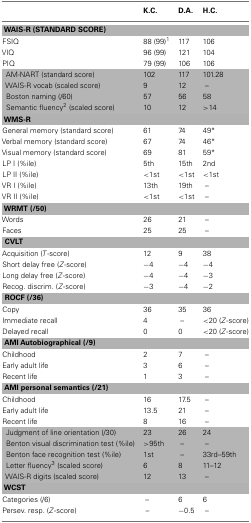
<table><thead><tr><td></td><td><b>K.C.</b></td><td><b>D.A.</b></td><td><b>H.C.</b></td></tr></thead><tbody><tr><td colspan="4"><b>WAIS-R (STANDARD SCORE)</b></td></tr><tr><td>FSIQ</td><td>88 (99)<sup>1</sup></td><td>117</td><td>106</td></tr><tr><td>VIQ</td><td>96 (99)</td><td>121</td><td>104</td></tr><tr><td>PIQ</td><td>79 (99)</td><td>106</td><td>106</td></tr><tr><td> AM-NART (standard score)</td><td>102</td><td>117</td><td>101.28</td></tr><tr><td> WAIS-R vocab (scaled score)</td><td>9</td><td>12</td><td>–</td></tr><tr><td> Boston naming (/60)</td><td>57</td><td>56</td><td>58</td></tr><tr><td> Semantic fluency<sup>2</sup> (scaled score)</td><td>10</td><td>12</td><td>&gt;14</td></tr><tr><td colspan="4"><b>WMS-R</b></td></tr><tr><td>General memory (standard score)</td><td>61</td><td>74</td><td>49*</td></tr><tr><td>Verbal memory (standard score)</td><td>67</td><td>74</td><td>46*</td></tr><tr><td>Visual memory (standard score)</td><td>69</td><td>81</td><td>59*</td></tr><tr><td>LP I (%ile)</td><td>5th</td><td>15th</td><td>2nd</td></tr><tr><td>LP II (%ile)</td><td>&lt;1st</td><td>&lt;1st</td><td>&lt;1st</td></tr><tr><td>VR I (%ile)</td><td>13th</td><td>19th</td><td>–</td></tr><tr><td>VR II (%ile)</td><td>&lt;1st</td><td>&lt;1st</td><td>–</td></tr><tr><td colspan="4"><b>WRMT (/50)</b></td></tr><tr><td>Words</td><td>26</td><td>21</td><td>–</td></tr><tr><td>Faces</td><td>25</td><td>25</td><td>–</td></tr><tr><td colspan="4"><b>CVLT</b></td></tr><tr><td>Acquisition (<i>T</i>-score)</td><td>12</td><td>9</td><td>38</td></tr><tr><td>Short delay free (<i>Z</i>-score)</td><td>−4</td><td>−4</td><td>−4</td></tr><tr><td>Long delay free (<i>Z</i>-score)</td><td>−4</td><td>−4</td><td>−3</td></tr><tr><td>Recog. discrim. (<i>Z</i>-score)</td><td>−3</td><td>−4</td><td>−2</td></tr><tr><td colspan="4"><b>ROCF (/36)</b></td></tr><tr><td>Copy</td><td>36</td><td>35</td><td>36</td></tr><tr><td>Immediate recall</td><td>4</td><td>–</td><td>&lt;20 (<i>Z</i>-score)</td></tr><tr><td>Delayed recall</td><td>0</td><td>0</td><td>&lt;20 (<i>Z</i>-score)</td></tr><tr><td colspan="4"><b>AMI Autobiographical (/9)</b></td></tr><tr><td>Childhood</td><td>2</td><td>7</td><td>–</td></tr><tr><td>Early adult life</td><td>3</td><td>6</td><td>–</td></tr><tr><td>Recent life</td><td>1</td><td>3</td><td>–</td></tr><tr><td colspan="4"><b>AMI personal semantics (/21)</b></td></tr><tr><td>Childhood</td><td>16</td><td>17.5</td><td>–</td></tr><tr><td>Early adult life</td><td>13.5</td><td>21</td><td>–</td></tr><tr><td>Recent life</td><td>8</td><td>16</td><td>–</td></tr><tr><td> Judgment of line orientation (/30)</td><td>23</td><td>26</td><td>24</td></tr><tr><td> Benton visual discrimination test (%ile)</td><td>&gt;95th</td><td>–</td><td>–</td></tr><tr><td> Benton face recognition test (%ile)</td><td>1st</td><td>–</td><td>33rd–59th</td></tr><tr><td> Letter fluency<sup>3</sup> (scaled score)</td><td>6</td><td>8</td><td>11–12</td></tr><tr><td> WAIS-R digits (scaled score)</td><td>12</td><td>13</td><td>–</td></tr><tr><td colspan="4"><b>WCST</b></td></tr><tr><td>Categories (/6)</td><td>–</td><td>6</td><td>6</td></tr><tr><td>Persev. resp. (<i>Z</i>-score)</td><td>–</td><td>−0.5</td><td>–</td></tr></tbody></table>